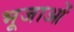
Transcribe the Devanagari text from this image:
भूजाओं